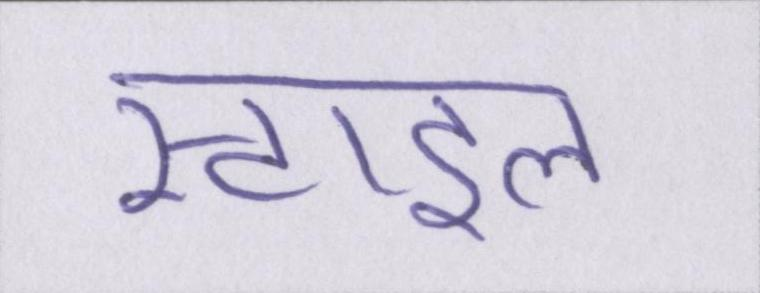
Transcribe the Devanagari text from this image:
स्टाइल